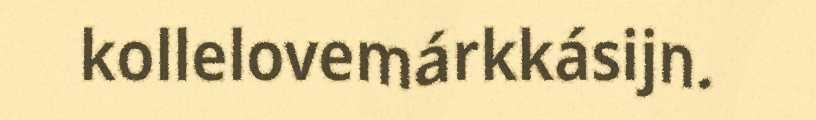
kollelovemárkkásijn.